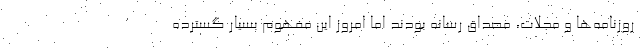
روزنامه‌ها و مجلات، مصداق رسانه بودند اما امروز این مفهوم بسیار گسترده